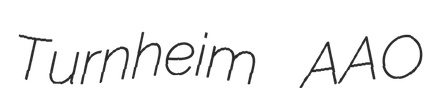
Turnheim AAO